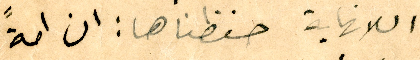
اللانهاية حفظناها : ان امةً